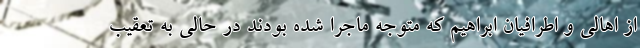
از اهالی و اطرافیان ابراهیم که متوجه ماجرا شده بودند در حالی به تعقیب